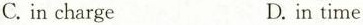
C.in charge D.in time